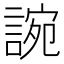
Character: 䛷